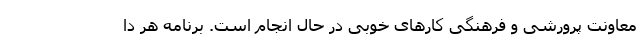
معاونت پرورشی و فرهنگی کارهای خوبی در حال انجام است. برنامه هر دا